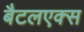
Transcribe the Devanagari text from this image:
बैटलएक्स